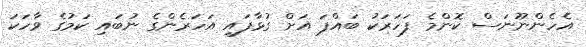
އެހެންނޫނަސް ކޮންމެ ފަހަރަކު ބައްޕަ އަށް ގުޅާފައި އަހަރެންގެ ނުބައި ކަމުގެ ވާހަކަ